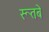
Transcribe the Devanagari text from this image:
रूतबे